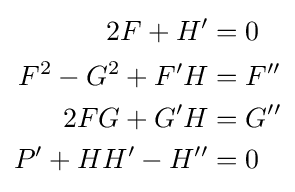
{\begin{aligned}2F+H'&=0\\F^{2}-G^{2}+F'H&=F''\\2FG+G'H&=G''\\P'+HH'-H''&=0\end{aligned}}